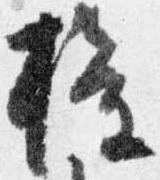
権